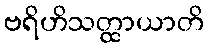
ဗရိဟိသတ္ထာယာတိ